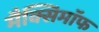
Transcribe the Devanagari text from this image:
मैक्सिमाॅफ